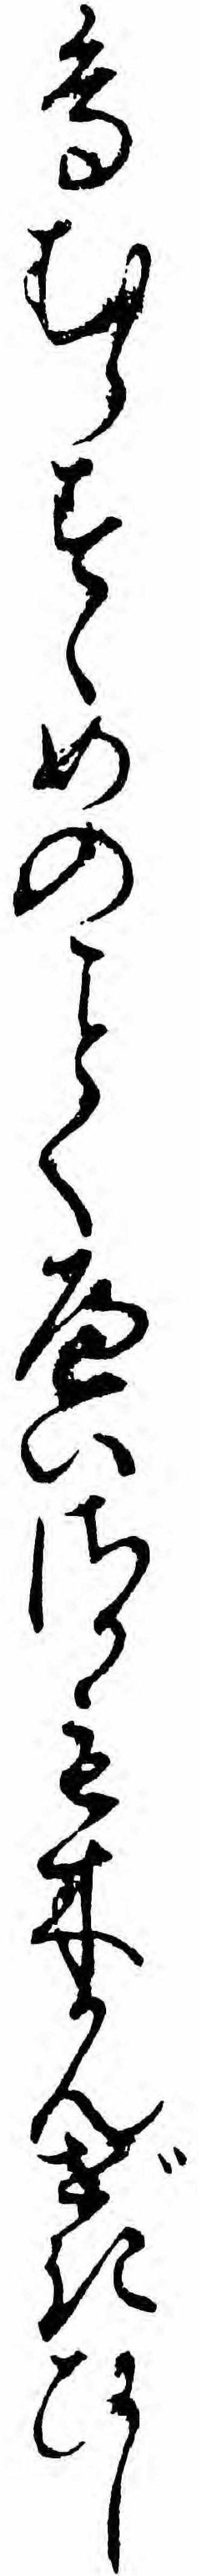
鳥むらすゝめのくへいさかも木かんぜきひし